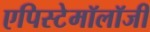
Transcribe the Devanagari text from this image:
एपिस्टेमॉलॉजी